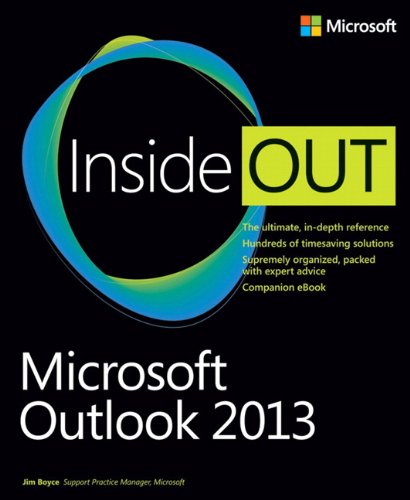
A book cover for Microsoft Outlook 2013 Inside Out; Jim Boyce; Computers & Technology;